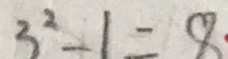
3 ^ { 2 } - 1 = 8